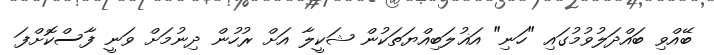
ބޭއްވި ބައްދަލުވުމުގައި "ހަނި" އަޣުލަބިއްޔަތަކުން ޝަކީލާ އަށް ރުހުން ދިނުމަށް ވަނީ ފާސްކޮށްފަ